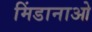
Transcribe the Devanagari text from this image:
मिंडानाओ